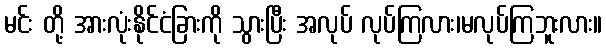
မင်း တို့ အားလုံးနိုင်ငံခြားကို သွားပြီး အလုပ် လုပ်ကြလား၊မလုပ်ကြဘူးလား။